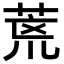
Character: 𮏞